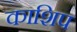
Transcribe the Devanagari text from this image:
काशिप